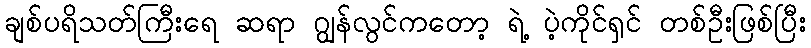
ချစ်ပရိသတ်ကြီးရေ ဆရာ ဂျွန်လွင်ကတော့ ရဲ့ ပဲ့ကိုင်ရှင် တစ်ဦးဖြစ်ပြီး